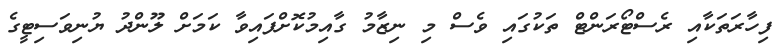
ފިހާރަތަކާއި ރެސްޓޯރަންޓް ތަކުގައި ވެސް މި ނިޒާމު ގާއިމުކޮށްފައިވާ ކަމަށް ލޫންދު ޔުނިވަސިޓީގެ